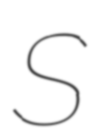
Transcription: S